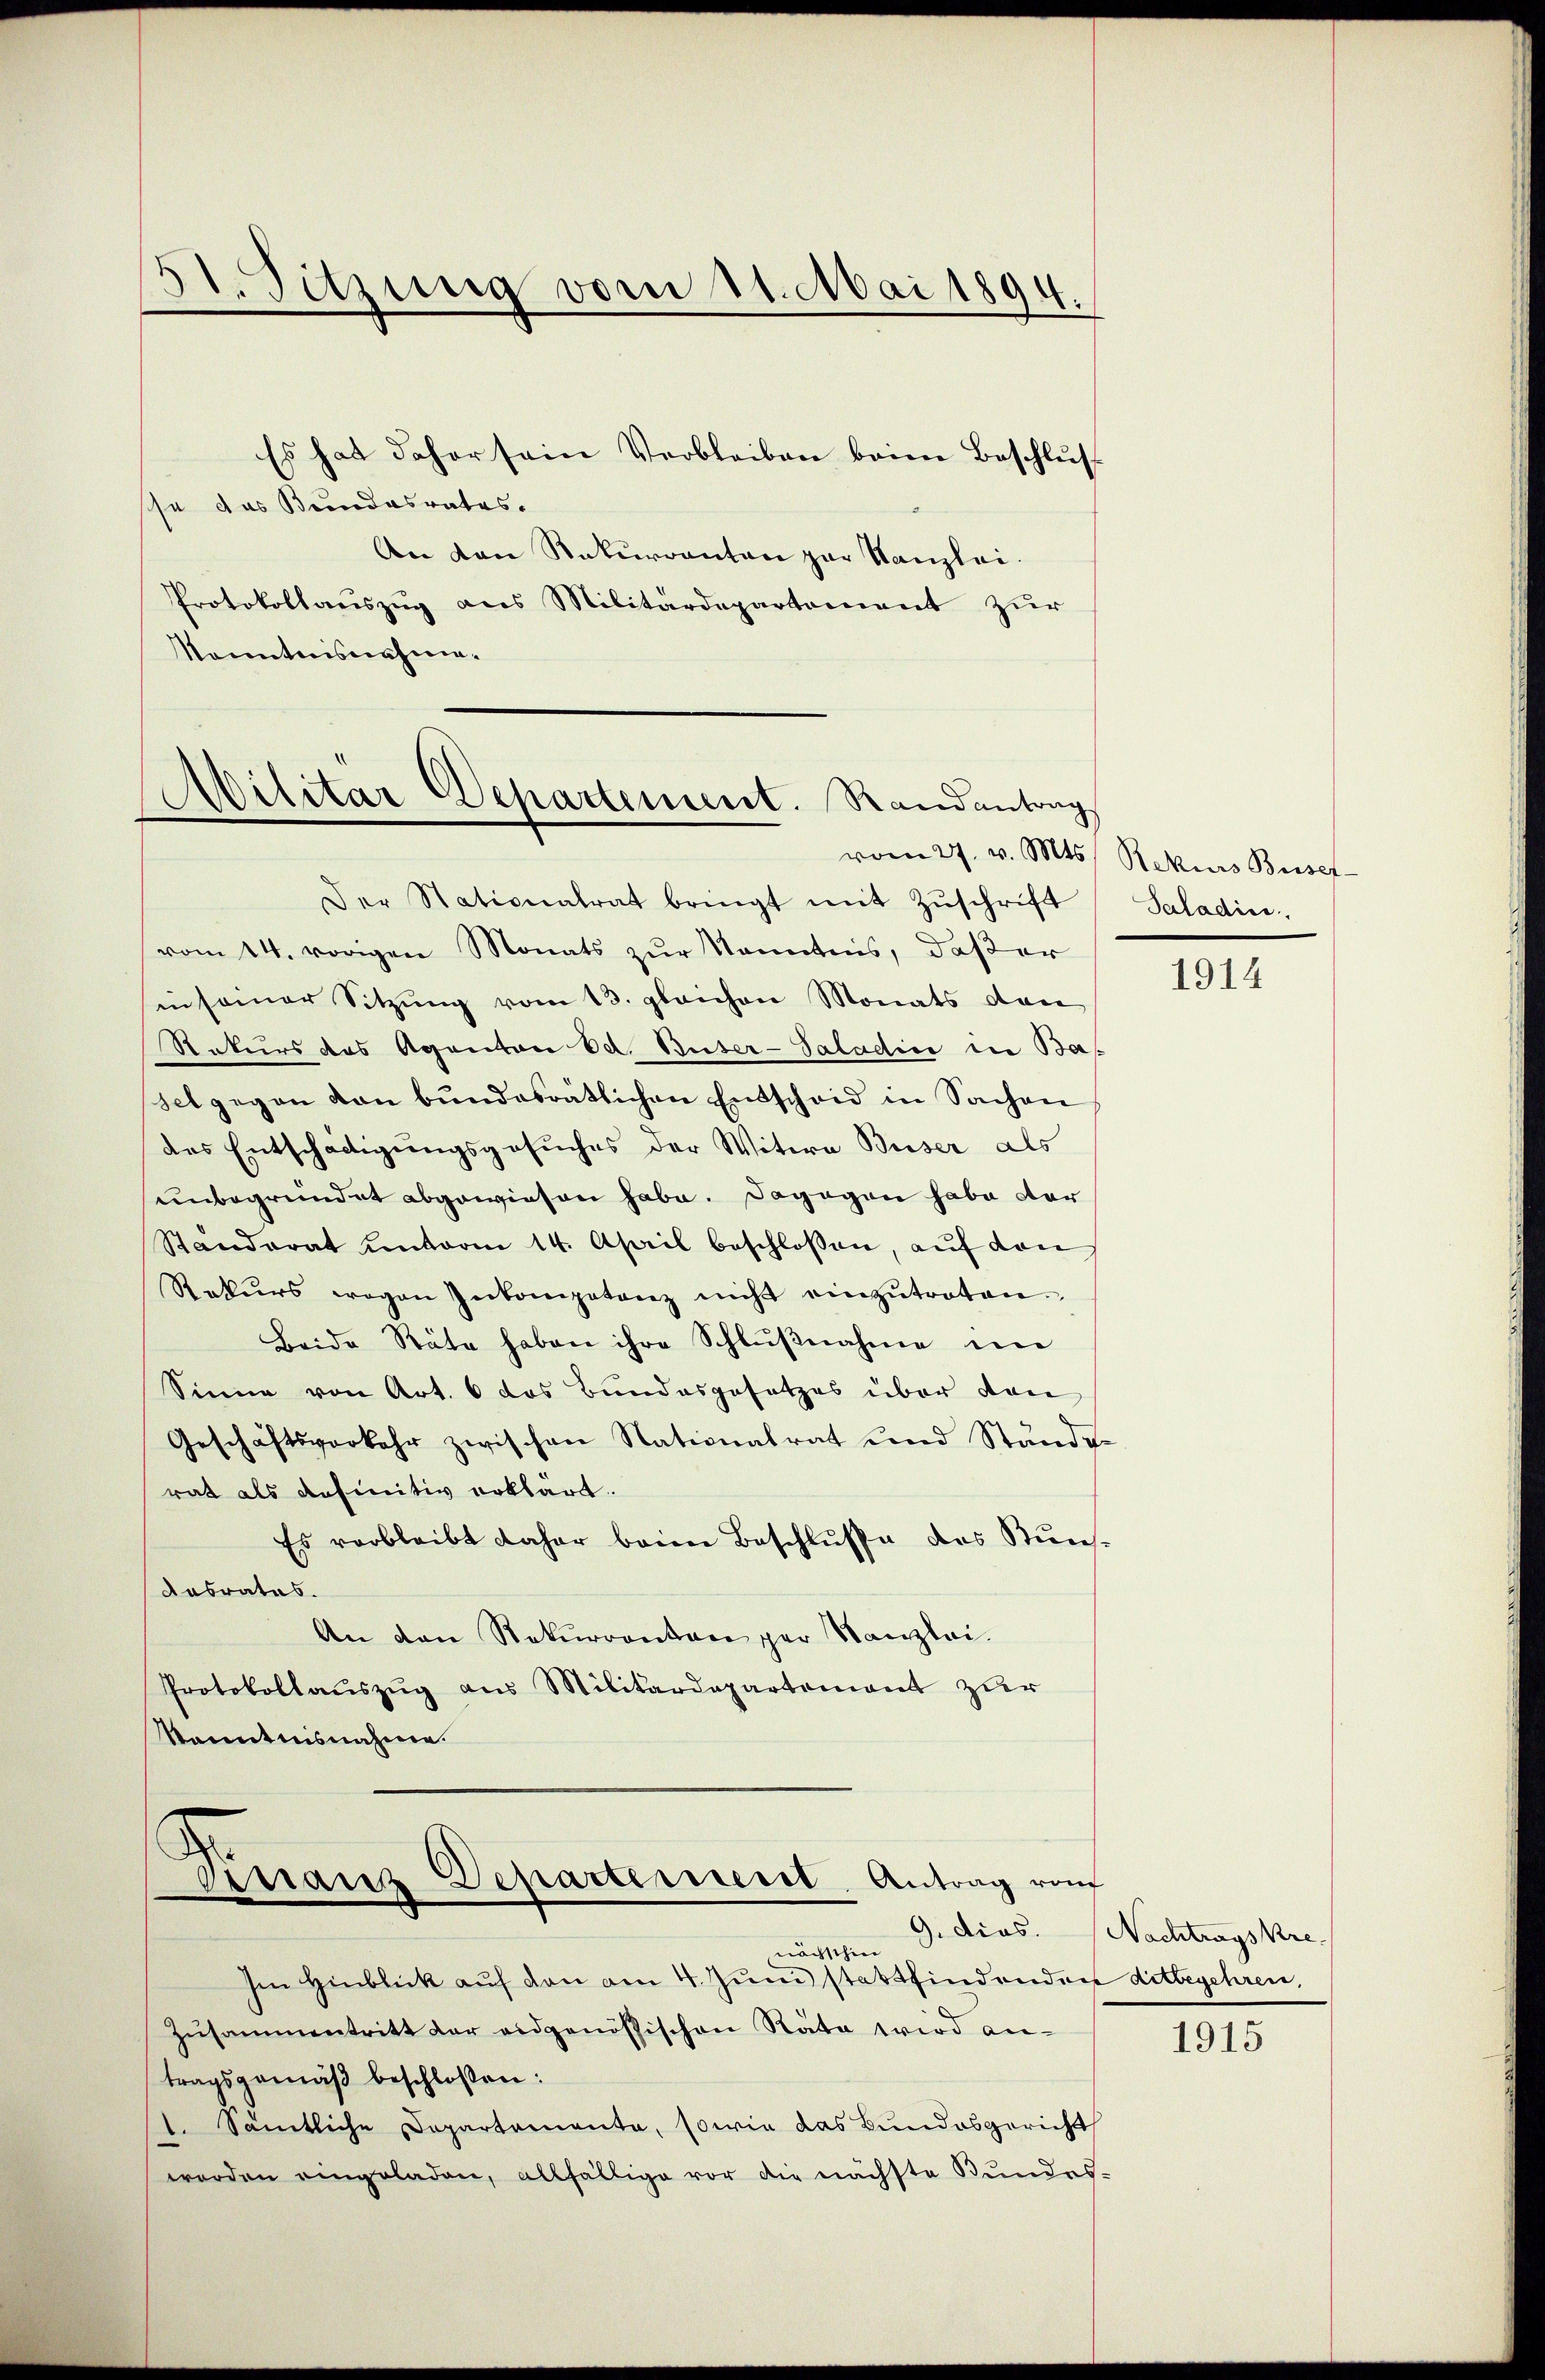
3t. Sitzung vom 11. Mai 1894.

Es hat daher sein Verbleiben beim Beschlus
sche das Bundesrates.
An den Rekurrenten zur Kanzlei.
Protokollauszug aus Militärdepartement zur
Kenntnisnahme.

Militar Departement. Randantrag
vom 27. v. Mts. Rekurs Busef-

Finraus Departement Antrag vom

Der Stationalrat bringt mit Zŭschrift
vom 24. vorigen Monats zur Kenntnis, daß er
sin seiner Sitzŭng vom 13. gleichen Monats dan
Rekurs des Agenton Ed. Buser-Saladin in Ba
set gegen von bŭndesrätlichen Entscheid in Sachen
das Entschädigungsgesuches der Witwe Buser als
unbegründet abgewiesen habe. Dagegen habe der
Standerat unterm 14. April beschlossen, auf den
Rekurs wegen Inkompetenz nicht einzŭtreten.
Beide Räte haben ihre Schlŭβnahme in
Sinne von Art. 6 das Bundesgesetzes über den
Geschäftsverkehr zwischen Nationalrat und Ständerat als definitiv erklärt.
Es verbleibt daher beim Beschlŭsse des Kuns¬
Aasrates.
An den Rekurrenten per Kanzlei-
Protokollauszug aus Militärdepartement zur
Stenntnisnahme.

nächsthin
Im Hinblick auf den am 4. Juni stattfindenden ditbegehren,
Zusammentritt der eidgenössischen Räte wird antragsgemäβ beschloßen:
1. Sämtliche Departemente, sowie das Bundesgericht
worden eingeladen, allfällige vor die nächste Bundes-

Saladin

1914

9. dies. Nachtragskre

1915